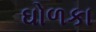
ઘોળકા